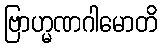
ဗြာဟ္မဏဂါမောတိ